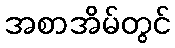
အစာအိမ်တွင်